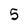
Character: 5